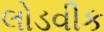
લોડવીક